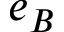
e _ { B }